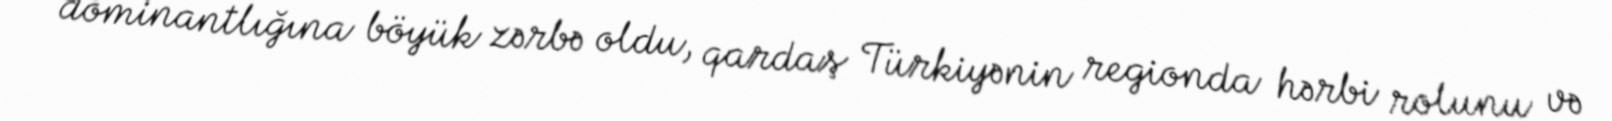
dominantlığına böyük zərbə oldu, qardaş Türkiyənin regionda hərbi rolunu və